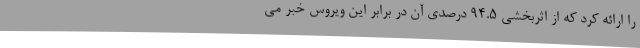
را ارائه کرد که از اثربخشی 94.5 درصدی آن در برابر این ویروس خبر می